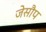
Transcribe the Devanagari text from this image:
जेसौप